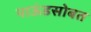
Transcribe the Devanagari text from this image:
पाऊंडसोबत